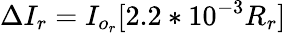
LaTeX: \Delta{I_{r}}=I_{o_{r}}[2.2*10^{-3}R_{r}]